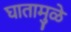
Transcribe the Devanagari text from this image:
घातामुळे